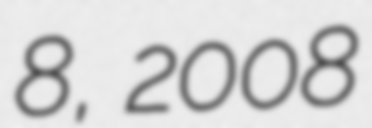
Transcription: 8, 2008